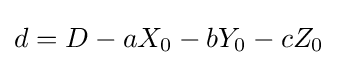
d=D-aX_{0}-bY_{0}-cZ_{0}